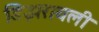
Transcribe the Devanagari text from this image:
डिझरायली